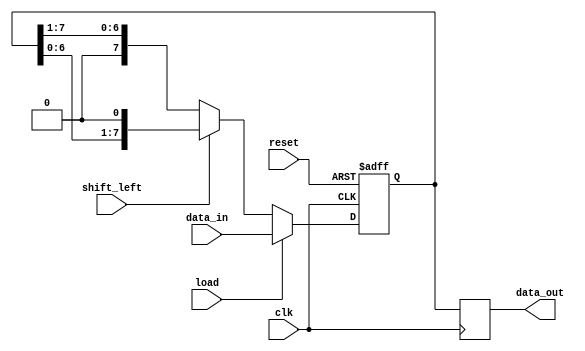
module LogarithmicShiftRegister #(
    parameter WIDTH = 8 // Configurable width (8, 16, 32 etc.)
)(
    input wire clk,                // Clock signal
    input wire reset,              // Active-high reset signal
    input wire load,               // Load enable signal
    input wire shift_left,         // Shift direction control (1 for left, 0 for right)
    input wire [WIDTH-1:0] data_in, // Input data for parallel load
    output reg [WIDTH-1:0] data_out // Output data
);

// Internal register to hold the current value of the shift register
reg [WIDTH-1:0] shift_reg;

// Logarithmic arithmetic block placeholder (you can expand this as needed)
function [WIDTH-1:0] logarithmic_operation(input [WIDTH-1:0] value);
    // Placeholder for logarithmic scaling operation
    // This can be replaced with actual logarithmic calculations based on requirements
    logarithmic_operation = value; // For now, just return the input value
endfunction

always @(posedge clk or posedge reset) begin
    if (reset) begin
        // Reset the shift register on active reset
        shift_reg <= {WIDTH{1'b0}};
    end else if (load) begin
        // Parallel load the input data
        shift_reg <= data_in;
    end else begin
        // Shift the register left or right based on control signal
        if (shift_left) begin
            // Perform left shift and apply logarithmic operation
            shift_reg <= {shift_reg[WIDTH-2:0], 1'b0}; // Shift left and fill LSB with 0
        end else begin
            // Perform right shift
            shift_reg <= {1'b0, shift_reg[WIDTH-1:1]}; // Shift right and fill MSB with 0
        end
    end
end

// Output with logarithmic operation applied
always @(posedge clk) begin
    data_out <= logarithmic_operation(shift_reg);
end

endmodule